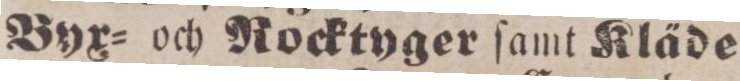
Byx= och Rocktyger ſamt Kläde